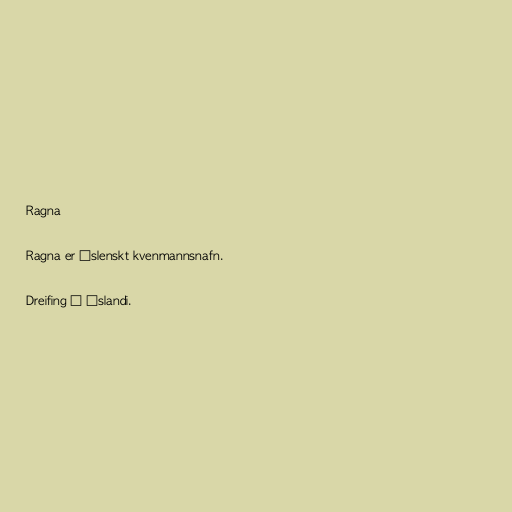
Ragna

Ragna er íslenskt kvenmannsnafn.

Dreifing á Íslandi.